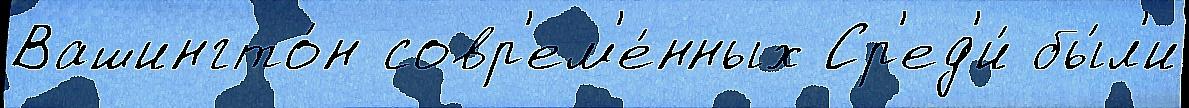
Вашингто́н совр'ем'е́нных Ср'ед'и́ бы́л'и